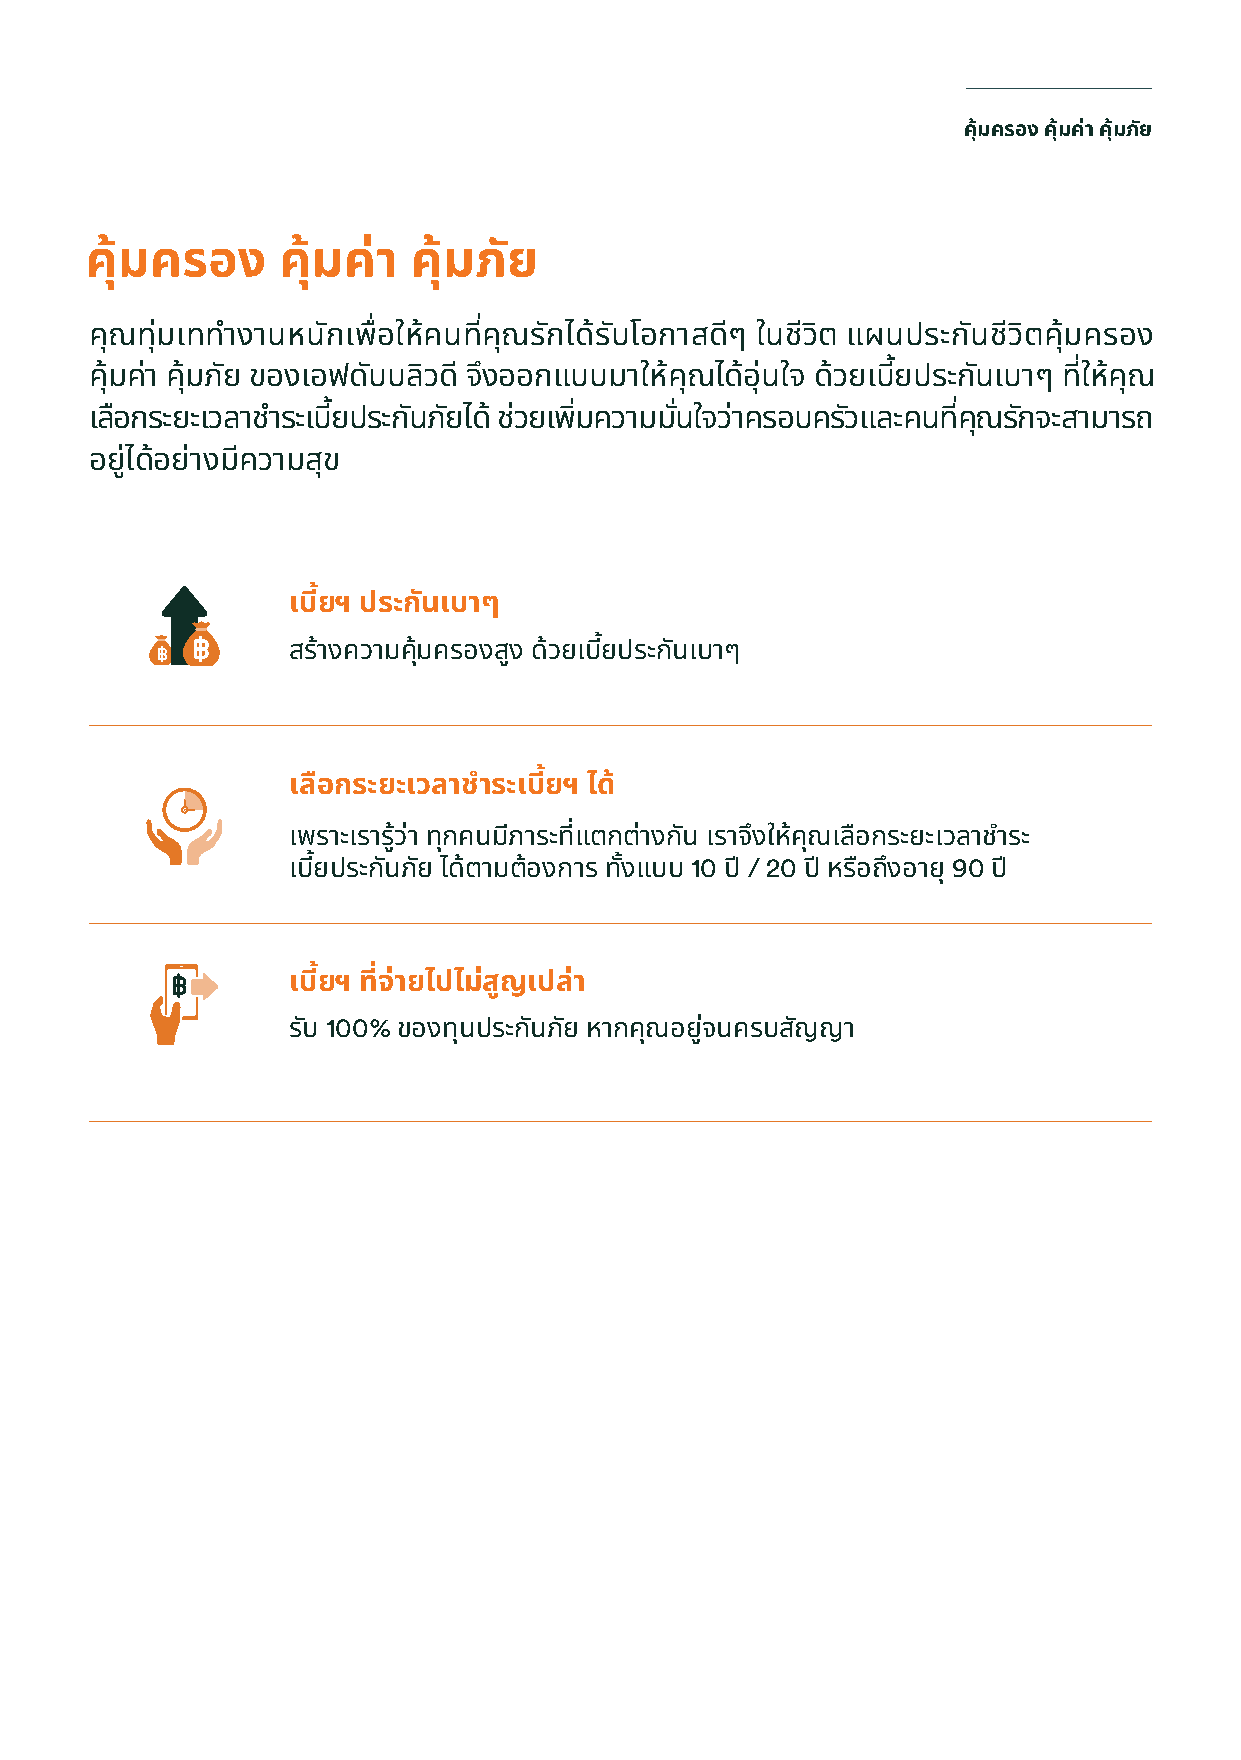
ค้มุ ครอง ค้มุ ค่า ค้มุ ภัย
 ค้มุ ครอง   ค้มุ ค่า ค้มุ ภัย
 คุณทุ่มเททํางานหนักเพ่ือใหค้ นที่คุณรกั ได้รบั โอกาสดีๆ ในชวี ิต แผนประกันชวี ิตคุ้มครอง
 คมุ้ คา่ คมุ้ ภยั ของเอฟดบั บลิวด ี จงึ ออกแบบมาใหค้ ณุ ไดอ้ ุ่นใจ ดว้ ยเบย้ี ประกนั เบาๆ ทใี่ หค้ ณุ
 เลอื กระยะเวลาชาํ ระเบยี้ ประกนั ภยั ได ้ ชว่ ยเพมิ่ ความมนั่ ใจวา่ ครอบครวั และคนทคี่ ณุ รกั จะสามารถ
 อยูไ่ ดอ้ ยา่ งมคี วามสขุ
 เบยี้ ฯ ประกันเบาๆ
 สรา้ งความค้มุ ครองสงู ดว้ ยเบยี้ ประกันเบาๆ
 เลือกระยะเวลาชาํ ระเบยี้ ฯ ได้
 เพราะเรารวู้ า่ ทกุ คนมภี าระที่แตกต่างกัน เราจงึ ใหค้ ณุ เลือกระยะเวลาชาํ ระ
 เบยี้ ประกันภัย ไดต้ ามต้องการ ทัง้ แบบ 10 ป ี / 20 ป ี หรอื ถึงอายุ 90 ปี
 เบยี้ ฯ ที่จา่ ยไปไมส่ ญู เปล่า
 รบั 100% ของทนุ ประกันภัย หากคณุ อยูจ่ นครบสญั ญา